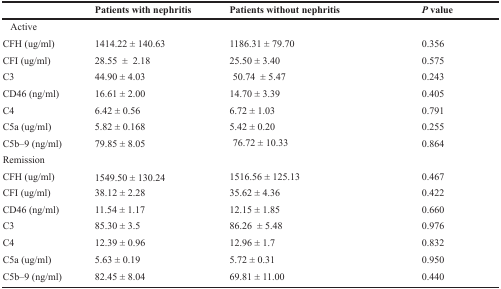
|  | Patients with nephritis | Patients without nephritis | P value |
 | --- | --- | --- | --- |
 | Active |  |  |  |
 | CFH (ug/ml) | 1414.22 ± 140.63 | 1186.31 ± 79.70 | 0.356 |
 | CFI (ug/ml) | 28.55 ± 2.18 | 25.50 ± 3.40 | 0.575 |
 | C3 | 44.90 ± 4.03 | 50.74 ± 5.47 | 0.243 |
 | CD46 (ng/ml) | 16.61 ± 2.00 | 14.70 ± 3.39 | 0.405 |
 | C4 | 6.42 ± 0.56 | 6.72 ± 1.03 | 0.791 |
 | C5a (ug/ml) | 5.82 ± 0.168 | 5.42 ± 0.20 | 0.255 |
 | C5b–9 (ng/ml) | 79.85 ± 8.05 | 76.72 ± 10.33 | 0.864 |
 | Remission |  |  |  |
 | CFH (ug/ml) | 1549.50 ± 130.24 | 1516.56 ± 125.13 | 0.467 |
 | CFI (ug/ml) | 38.12 ± 2.28 | 35.62 ± 4.36 | 0.422 |
 | CD46 (ng/ml) | 11.54 ± 1.17 | 12.15 ± 1.85 | 0.660 |
 | C3 | 85.30 ± 3.5 | 86.26 ± 5.48 | 0.976 |
 | C4 | 12.39 ± 0.96 | 12.96 ± 1.7 | 0.832 |
 | C5a (ug/ml) | 5.63 ± 0.19 | 5.72 ± 0.31 | 0.950 |
 | C5b–9 (ng/ml) | 82.45 ± 8.04 | 69.81 ± 11.00 | 0.440 |